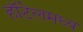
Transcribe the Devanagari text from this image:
हॉटेलमध्य